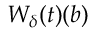
W _ { \delta } ( t ) ( { b } )